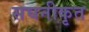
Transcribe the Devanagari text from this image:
सघनीकृत